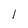
Character: I